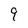
Character: 9